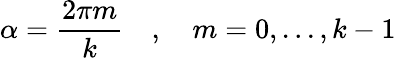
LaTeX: \alpha=\frac{2\pi m}{k}\quad,\quad m=0,...,k-1